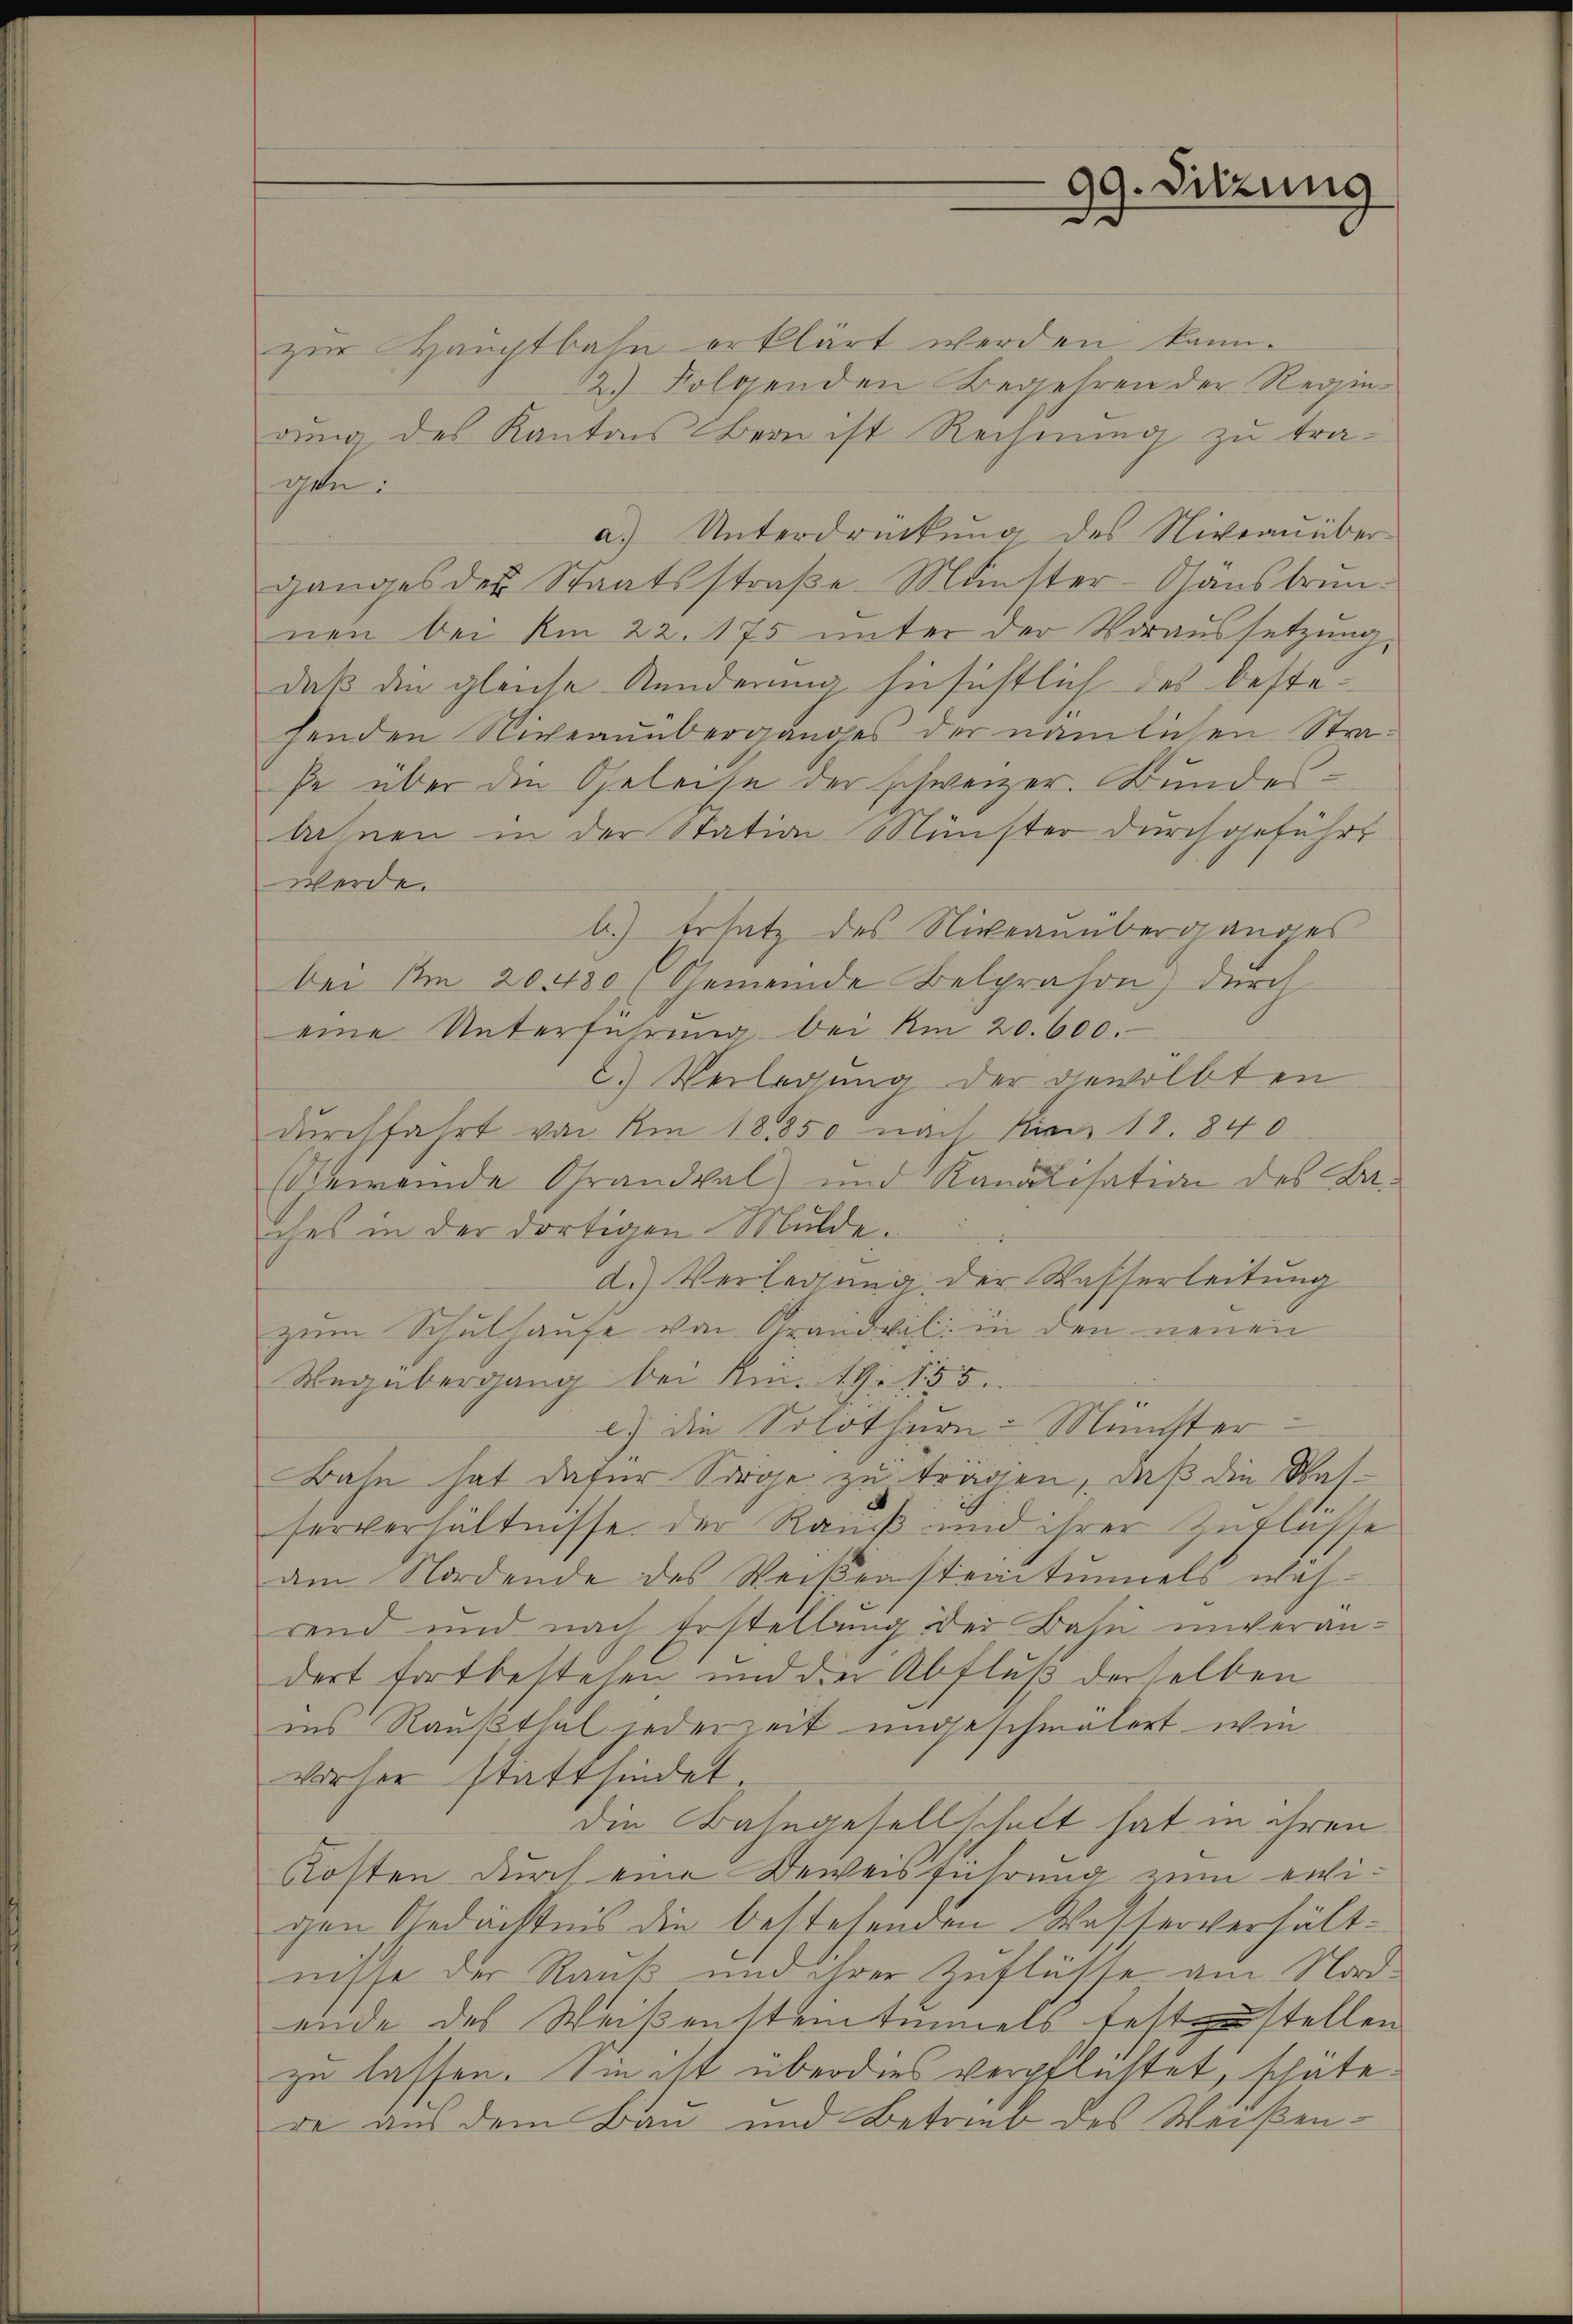
99. Sitzung

zur Hauptbahn erklärt werden kann.
1.) Folgenden Begehren der Regiedung des Kantons Bern ist Rechnung zu tragen:
a.) Unterdrückŭng des Niveaŭüber-
ganges des Staatsstraße. Münster-Gänsbrunnen bei Am 22. 175 unter der Voraussetzung,
daß die gleiche Kinderung hinsichtlich des bestehenden Niveauüberganges der nämlichen Straße über die Geleihe der schweizer. Bundesbahnen in der Station Münster durchgeführt
werde.
b.) Ersatz des Niveauüberganges
bei Am 20480 (Gemeinde Belprason) durch
eine Unterführŭng bei Am 20. 600.
2.) Verlegung der gewölbten
durchfahrt von Am 18850 nach Kien 18. 840.
Gemeinde Grandval und Kanalisation des Baches in der dortigen Mulde.
d.) Verlegung der Wasserleitung
zum Schulhause von Grandvil: in den neuen
Wegübergang bei Am. 19. 155.
c.) Die Solothurn Münchster-
Bahn hat dafür Sorge zu trägen, daß die Wasserverhältnisse. Der Rauß und ihrer Zuflüsse
am Nordende des Weißensteintuniels wäh-
rend und nach Erstellung der Bahn unverandort fortbestehen und den Abfluß derselben
ins Raußthal jederzeit ungeschmälert wie
vorher stattfindet
die Bahngesellschaft hat in ihren
Kosten durch eine Beweisführung zum ewigen Gedächtnis die bestehenden Wasserverhältnisse der Rank und ihrer Zuflüsse am Nordende des Weißensteinemmels festzustellen
zu lassen. Eine ist überdies verpflichtet, schätede aus dem Bau und Betrieb des Weißen¬